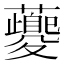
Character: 𧃰